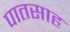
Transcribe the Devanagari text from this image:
पातसाह